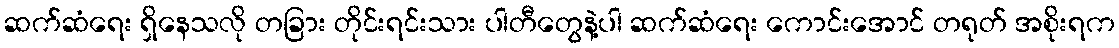
ဆက်ဆံရေး ရှိနေသလို တခြား တိုင်းရင်းသား ပါတီတွေနဲ့ပါ ဆက်ဆံရေး ကောင်းအောင် တရုတ် အစိုးရက